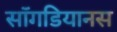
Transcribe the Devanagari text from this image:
सॉगडियानस